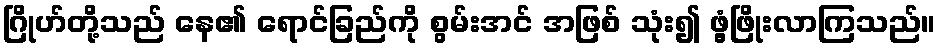
ဂြိုဟ်တို့သည် နေ၏ ရောင်ခြည်ကို စွမ်းအင် အဖြစ် သုံး၍ ဖွံ့ဖြိုးလာကြသည်။